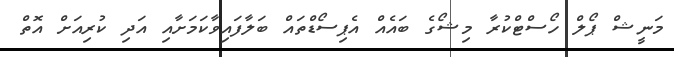
މަނީޝް ޕޯލް ހޯސްޓްކުރާ މިޝޯގެ ބައެއް އެޕިސޯޑްތައް ބަލާފައިވާކަމަށާއި އަދި ކުުރިއަށް އޮތް